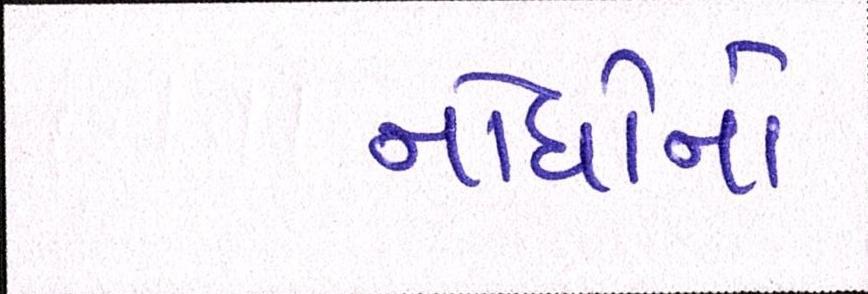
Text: નોંધોનો